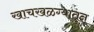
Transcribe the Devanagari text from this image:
खाचखळग्यातून